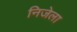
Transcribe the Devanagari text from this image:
निजेला